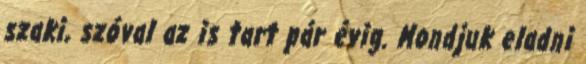
szaki, szóval az is tart pár évig. Mondjuk eladni